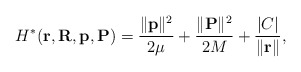
\begin{align*}H^*({\bf r}, {\bf R}, {\bf p}, {\bf P})=\frac{\|{\bf p}\|^2}{2\mu}+ \frac{\|{\bf P}\|^2}{2M} + \frac{\vert C \vert}{\|{\bf r\|}},\end{align*}